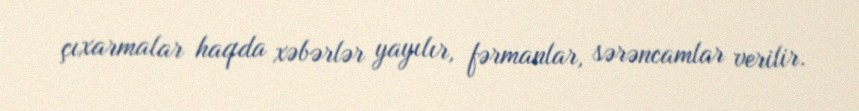
çıxarmalar haqda xəbərlər yayılır, fərmanlar, sərəncamlar verilir.